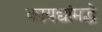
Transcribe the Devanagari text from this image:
कायद्यांमद्धे